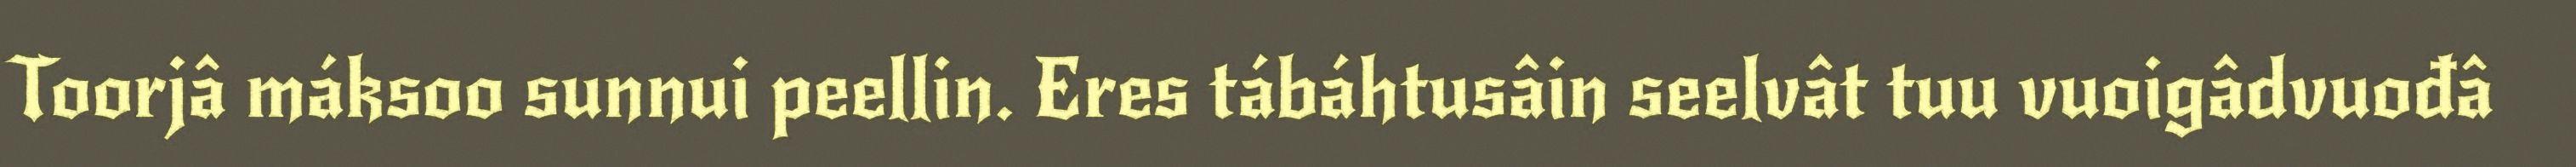
Toorjâ máksoo sunnui peellin. Eres tábáhtusâin seelvât tuu vuoigâdvuođâ